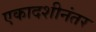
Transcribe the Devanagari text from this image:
एकादशीनंतर